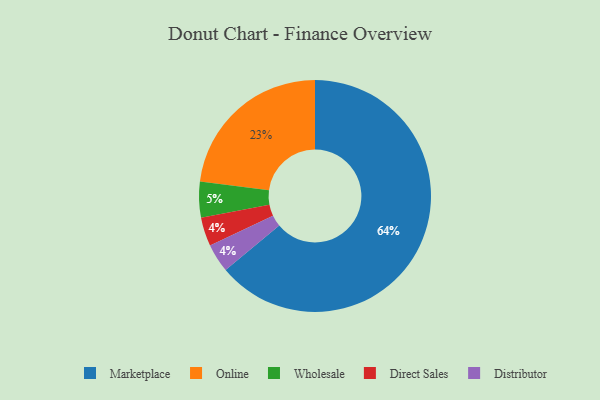
{"axis": {"x": "Category", "y": "Percentage"}, "legend": ["Direct Sales", "Distributor", "Marketplace", "Online", "Wholesale"], "data": [{"x": "Direct Sales", "y": 4, "type": "Direct Sales"}, {"x": "Online", "y": 23, "type": "Online"}, {"x": "Distributor", "y": 4, "type": "Distributor"}, {"x": "Marketplace", "y": 64, "type": "Marketplace"}, {"x": "Wholesale", "y": 5, "type": "Wholesale"}]}